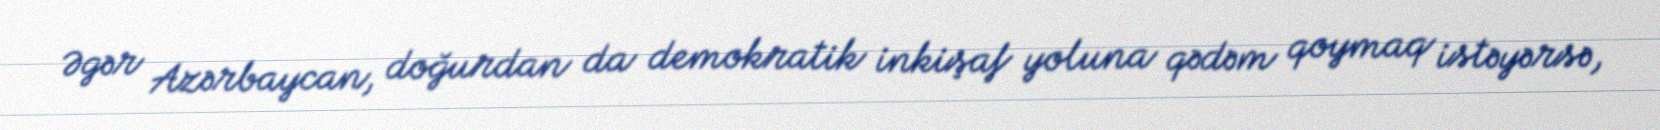
Əgər Azərbaycan, doğurdan da demokratik inkişaf yoluna qədəm qoymaq istəyərsə,